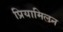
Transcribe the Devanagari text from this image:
प्रियामिलन